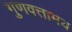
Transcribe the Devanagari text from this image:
गुणवत्तामय